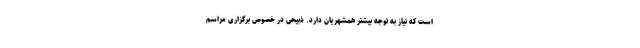
است که نیاز به توجه بیشتر همشهریان دارد. ذبیحی در خصوص برگزاری مراسم